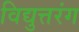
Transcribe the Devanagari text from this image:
विद्युत्तरंग